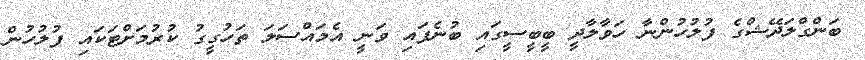
ބަންގްލަދޭޝްގެ ފުލުހުންނާ ހަވާލާދީ ބީބީސީގައި ބުނެފައި ވަނީ އެމައްސަލަ ތަހުގީގު ކުރުމަށްޓަކައި ފުލުހުން